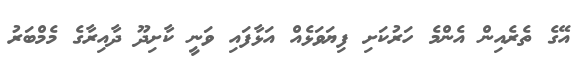
އޭގެ ތެރެއިން އެންމެ ހަރުކަށި ފިޔަވަޅެއް އަޅާފައި ވަނީ ކާށިދޫ ދާއިރާގެ މެމްބަރު